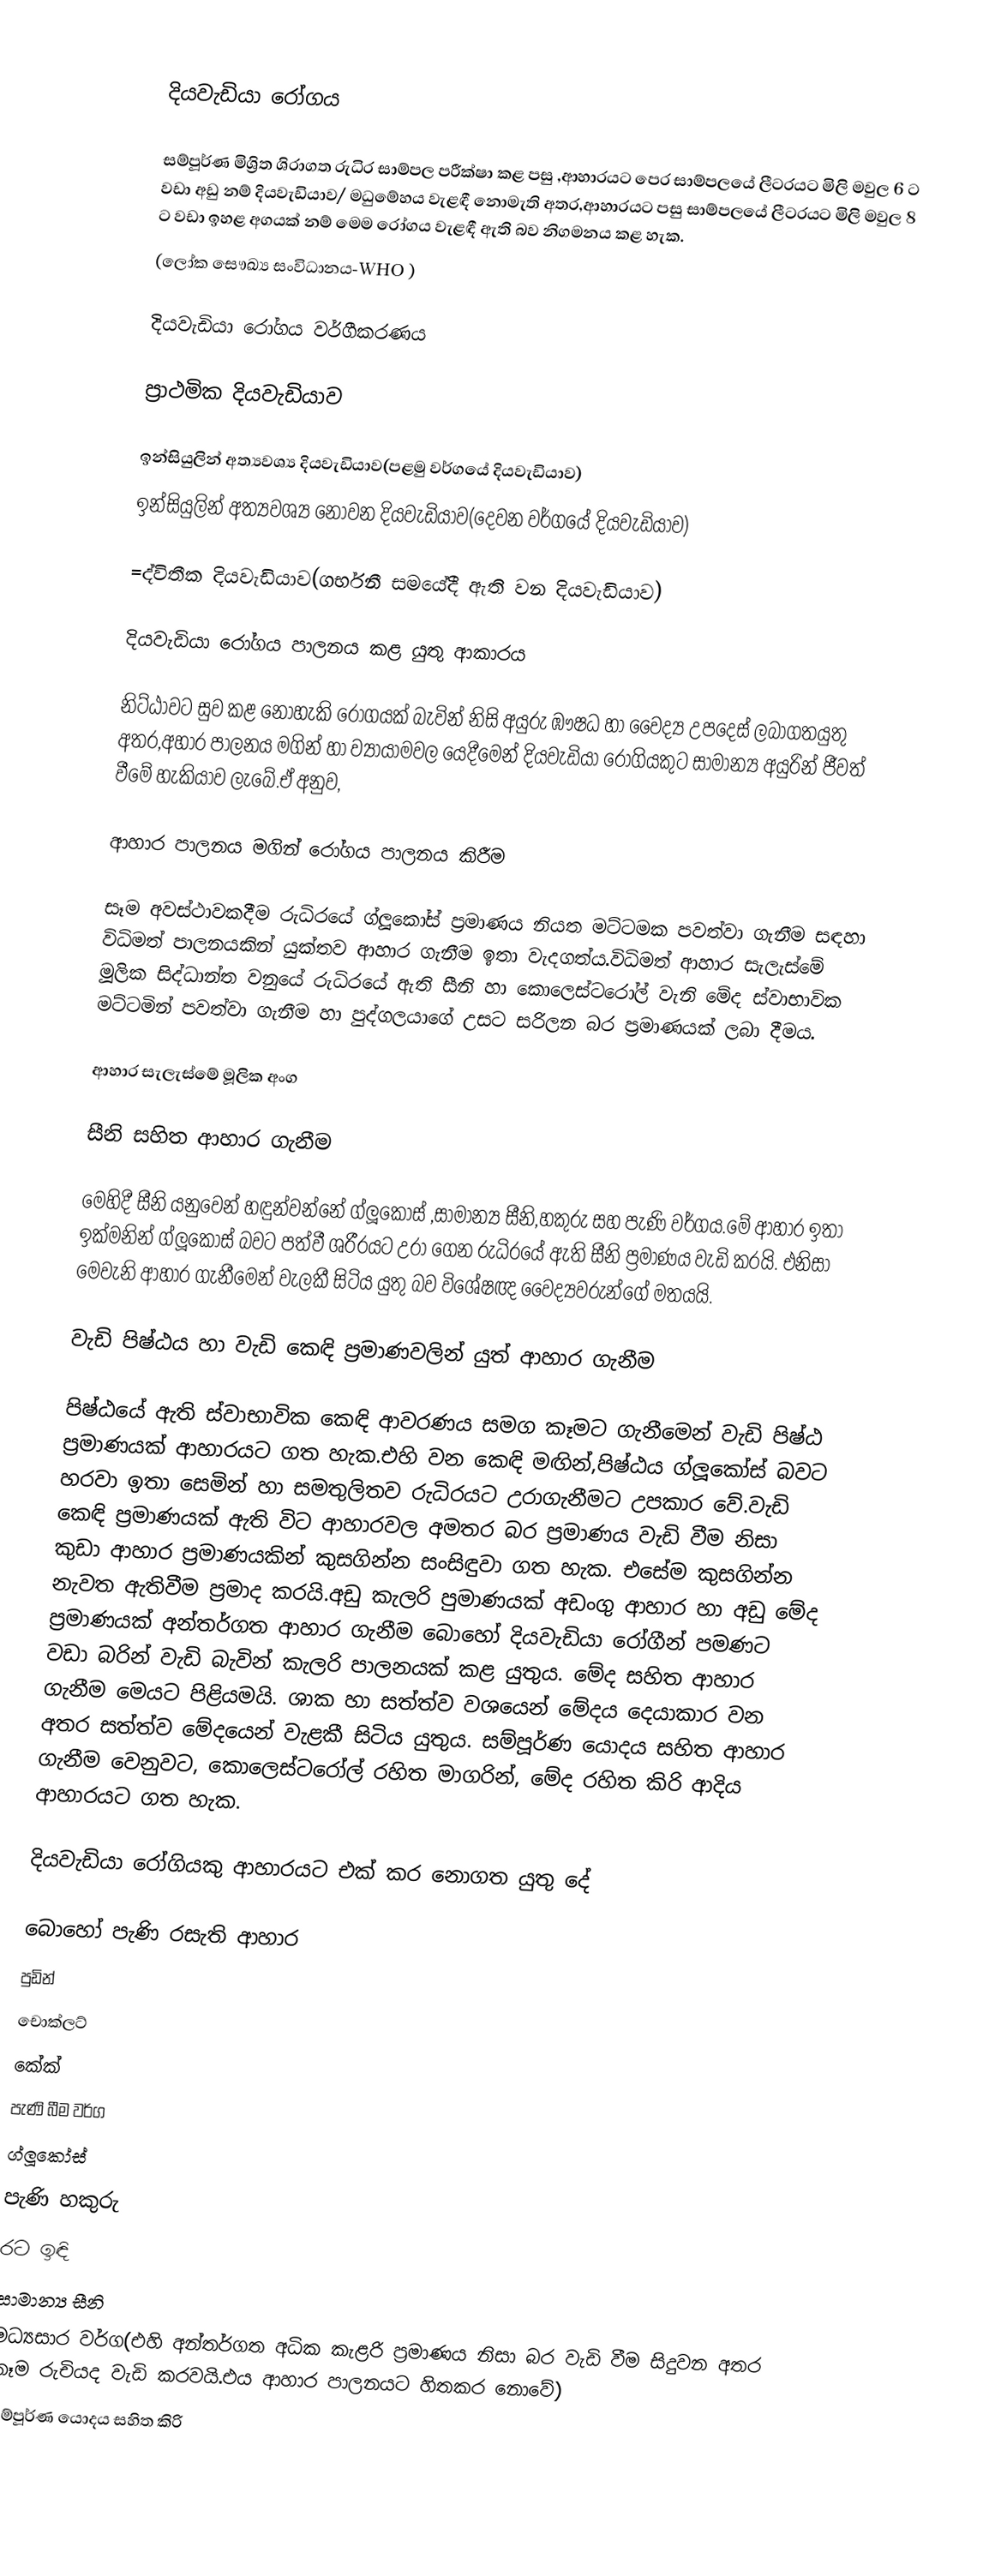

දියවැඩියා රෝගය

සම්පූර්ණ මිශ්‍රිත ශිරාගත රුධිර සාම්පල පරීක්ෂා කළ පසු ,ආහාරයට පෙර සාම්පලයේ ලීටරයට මිලි මවුල 6 ට වඩා අඩු නම් දියවැඩියාව/ මධුමේහය වැළඳී නොමැති අතර,ආහාරයට පසු සාම්පලයේ ලීටරයට මිලි මවුල 8 ට වඩා ඉහළ අගයක් නම් මෙම රෝගය වැළඳී ඇති බව නිගමනය කළ හැක.
(ලෝක සෞඛ්‍ය සංවිධානය-WHO )

දියවැඩියා රෝගය වර්ගීකරණය

ප්‍රාථමික දියවැඩියාව

ඉන්සියුලින් අත්‍යවශ්‍ය දියවැඩියාව(පළමු වර්ගයේ දියවැඩියාව)
ඉන්සියුලින් අත්‍යවශ්‍ය නොවන දියවැඩියාව(දෙවන වර්ගයේ දියවැඩියාව)

=ද්විතීක දියවැඩියාව(ගර්භනී සමයේදී ඇති වන දියවැඩියාව)

දියවැඩියා රෝගය පාලනය කළ යුතු ආකාරය

නිට්ඨාවට සුව කළ නොහැකි රෝගයක් බැවින් නිසි අයුරු ඹෟෂධ හා වෛද්‍ය උපදෙස් ලබාගතයුතු අතර,අහාර පාලනය මගින් හා ව්‍යායාමවල යෙදීමෙන් දියවැඩියා රෝගියකුට සාමාන්‍ය අයුරින් ජීවත් වීමේ හැකියාව ලැබේ.ඒ අනුව,

ආහාර පාලනය මගින් රෝගය පාලනය කිරීම

සෑම අවස්ථාවකදීම රුධිරයේ ග්ලූකෝස් ප්‍රමාණය නියත මට්ටමක පවත්වා ගැනීම සඳහා විධිමත් පාලනයකින් යුක්තව ආහාර ගැනීම ඉතා වැදගත්ය.විධිමත් ආහාර සැලැස්මේ මූලික සිද්ධාන්ත වනුයේ රුධිරයේ ඇති සීනි හා කොලෙස්ටරෝල් වැනි මේද ස්වාභාවික මට්ටමින් පවත්වා ගැනීම හා පුද්ගලයාගේ උසට සරිලන බර ප්‍රමාණයක් ලබා දීමය.

ආහාර සැලැස්මේ මූලික අංග

සීනි සහිත ආහාර ගැනීම

මෙහිදී සීනි යනුවෙන් හඳුන්වන්නේ ග්ලූ‍කෝස් ,සාමාන්‍ය සීනි,හකුරු සහ පැණි වර්ගය.මේ ආහාර ඉතා ඉක්මනින් ග්ලූකෝස් බවට පත්වී ශරීරයට උරා ගෙන රුධිරයේ ඇති සීනි ප්‍රමාණය වැඩි කරයි. එනිසා මෙවැනි ආහාර ගැනීමෙන් වැලකී සිටිය යුතු බව විශේෂඥ වෛද්‍යවරුන්ගේ මතයයි.

වැඩි පිෂ්ඨය හා වැඩි කෙඳි ප්‍රමාණවලින් යුත් ආහාර ගැනීම

පිෂ්ඨයේ ඇති ස්වාභාවික කෙඳි ආවරණය සමග කෑමට ගැනීමෙන් වැඩි පිෂ්ඨ ප්‍රමාණයක් ආහාරයට ගත හැක.එහි වන කෙඳි මඟින්,පිෂ්ඨය ග්ලූකෝස් බවට හරවා ඉතා සෙමින් හා සමතුලිතව රුධිරයට උරාගැනීමට උපකාර වේ.වැඩි කෙඳි ප්‍රමාණයක් ඇති විට ආහාරවල අමතර බර ප්‍රමාණය වැඩි වීම නිසා කුඩා ආහාර ප්‍රමාණයකින් කුසගින්න සංසිඳුවා ගත හැක. එසේම කුසගින්න නැවත ඇතිවීම ප්‍රමාද කරයි.අඩු කැලරි පුමාණයක් අඩංගු ආහාර හා අඩු මේද ප්‍රමාණයක් අන්තර්ගත ආහාර ගැනීම බොහෝ දියවැඩියා රෝගීන් පමණට වඩා බරින් වැඩි බැවින් කැලරි පාලනයක් කළ යුතුය. ‍මේද සහිත ආහාර ගැනීම මෙයට පිළියමයි. ශාක හා සත්ත්ව වශයෙන් මේදය දෙයාකාර වන අතර සත්ත්ව මේදයෙන් වැළකී සිටිය යුතුය. සම්පූර්ණ යොදය සහිත ආහාර ගැනීම වෙනුවට, කොලෙස්ටරෝල් රහිත මාගරින්, මේද රහිත කිරි ආදිය ආහාරයට ගත හැක.

දියවැඩියා රෝගියකු ආහාරයට එක් කර නොගත යුතු දේ

බොහෝ පැණි රසැති ආහාර
පුඩින්
චොක්ලට්
කේක්
පැණි බීම වර්ග
ග්ලූකෝස්
පැණි හකුරු
රට ඉඳි
සාමාන්‍ය සීනි
මධ්‍යසාර වර්ග(එහි අන්තර්ගත අධික කැළරි ප්‍රමාණය නිසා බර වැඩි වීම සිදුවන අතර කෑම රුචියද වැඩි කරවයි.එය ආහාර පාලනයට හිතකර නොවේ)
සම්පූර්ණ යොදය සහිත කිරි
ච